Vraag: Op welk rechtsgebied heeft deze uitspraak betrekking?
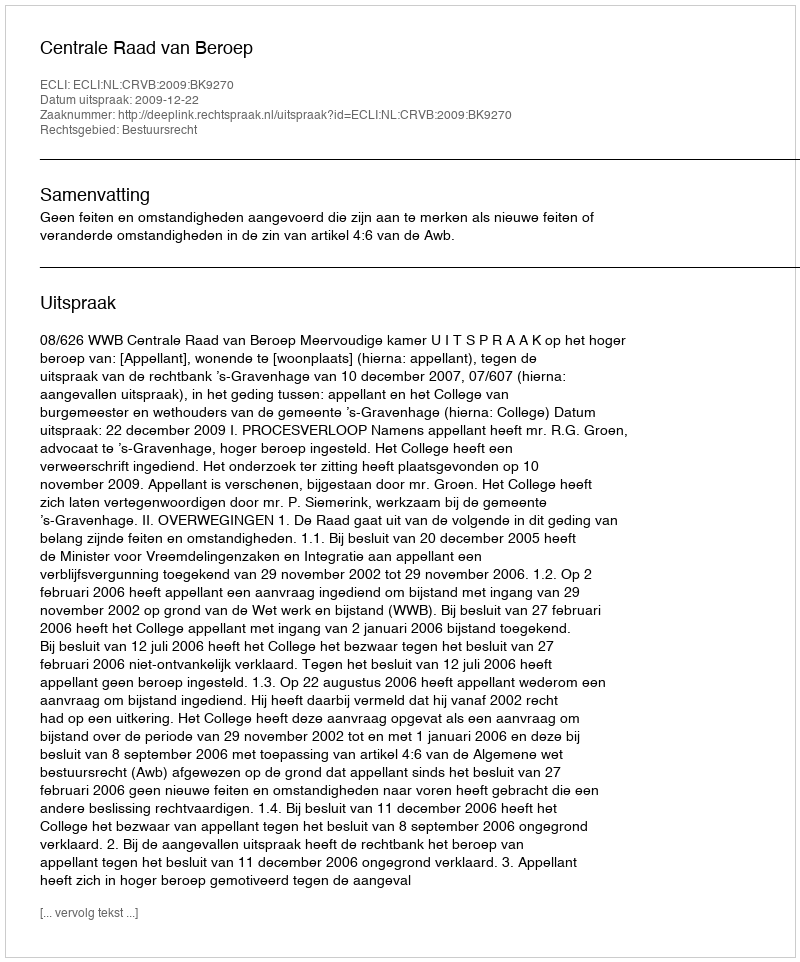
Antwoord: Bestuursrecht